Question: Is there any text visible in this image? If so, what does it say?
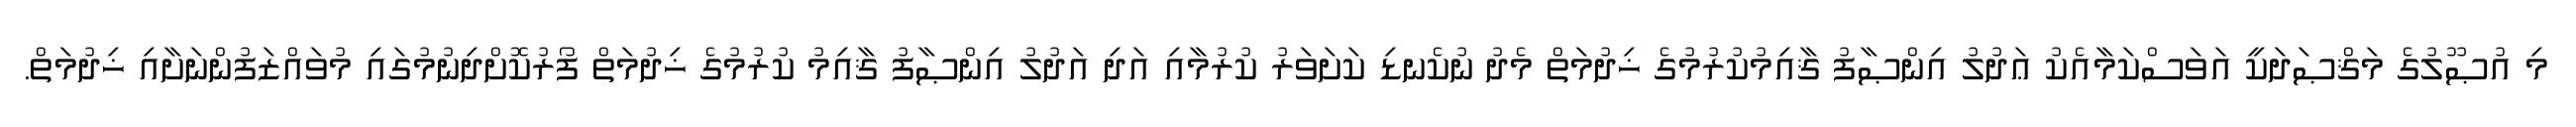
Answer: މި އުޞޫލުގެ މަޤްޞަދަކީ އަވަސްކަމާއެކު ޢަދުލު އިންޞާފު ޤާއިމުކުރުމުގެ ޚިދުމަތް މެދު ނުކެނޑި ކަށަވަރު ކުރުމާއި އަދި އަދުލު އިންޞާފު ޤާއިމު ކުރުމުގެ ޚިދުމަތް ފޯރުކޮށްދިނުމުގައި މުވައްޒަފުންނަށާއި ޚިދުމަތް.